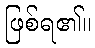
ဖြစ်ရ၏။